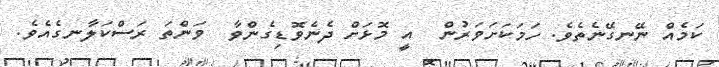
ކަމެއް ނޭނގޭނެތެވެ. ހަމަކަށަވަރުން  އީ މޮޅަށް ދެނެވޮޑިގެންވާ  ވަންތަ ރަސްކަލާނގެއެވެ.